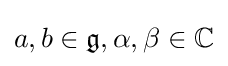
a,b\in {\mathfrak {g}},\alpha ,\beta \in \mathbb {\mathbb {C} }